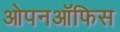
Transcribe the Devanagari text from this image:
ओपनऑफिस